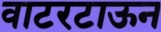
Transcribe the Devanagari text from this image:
वाटरटाऊन